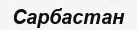
Сарбастан